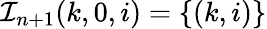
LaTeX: \mathcal{I}_{n+1}{(k,0,i)}=\{ (k,i)\}